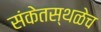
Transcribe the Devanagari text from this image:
संकेतस्थळेच